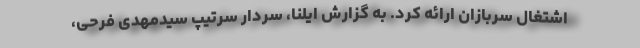
اشتغال سربازان ارائه کرد. به گزارش ایلنا، سردار سرتیپ سیدمهدی فرحی،